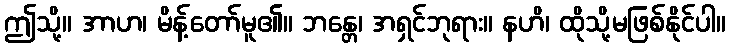
ဤသို့။ အာဟ၊ မိန့်တော်မူ၏။ ဘန္တေ၊ အရှင်ဘုရား။ နဟိ၊ ထိုသို့မဖြစ်နိုင်ပါ။